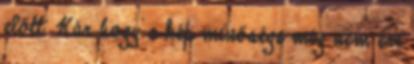
előtt. Kár hogy a kép minősége még nem eri